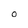
Character: O